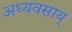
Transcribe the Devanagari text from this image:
अध्यवसाय्